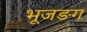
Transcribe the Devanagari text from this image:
भूजङग